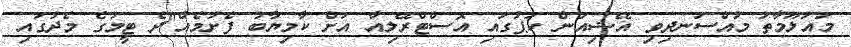
މައުލޫމާތު މުއްސަނދިވި އޭޝިއަން ކަޕުގައި އޮސްޓްރޭލިއާ އަށް ކާމިޔާބު ފެށުމެއް"ދެ ޓީމުގެ މެދުގައި